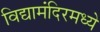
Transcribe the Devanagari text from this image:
विद्यामंदिरमध्ये